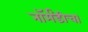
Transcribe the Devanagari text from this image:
नॉर्मंडीचा